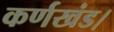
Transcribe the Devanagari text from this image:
कर्णखंड।